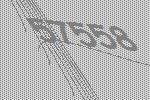
57558